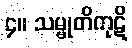
၄။ သမ္မုတိကုဋိ